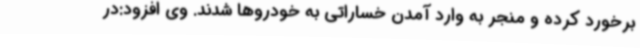
برخورد کرده و منجر به وارد آمدن خساراتی به خودروها شدند. وی افزود:در